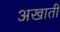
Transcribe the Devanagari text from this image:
अखाती